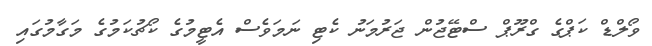
ވޯލްޑް ކަޕްގެ ގްރޫޕް ސްޓޭޖުން ޖަރުމަނު ކެޓި ނަމަވެސް އެޓީމުގެ ކޯޗުކަމުގެ މަގާމުގައި